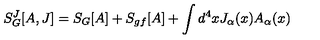
S _ { G } ^ { J } [ A , J ] = S _ { G } [ A ] + S _ { g f } [ A ] + \int d ^ { 4 } x J _ { \alpha } ( x ) A _ { \alpha } ( x ) \,